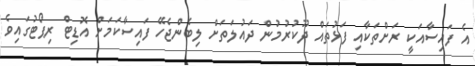
އެ ފައިސާއަކީ ރަށްތަކާއި ފަޅުތައް ދޫކުރުމުން ދައުލަތަށް ލިބެންޖެހޭ ފައިސާކަމަށް އޮޑިޓް ރިޕޯޓުގައިވެ